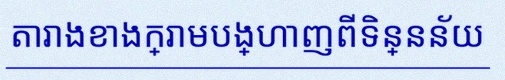
តារាងខាងក្រោមបង្ហាញពីទិន្នន័យ